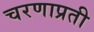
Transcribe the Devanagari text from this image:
चरणाप्रती